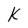
Character: K